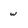
Character: w